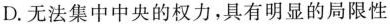
D.无法集中中央的权力，具有明显的局限性